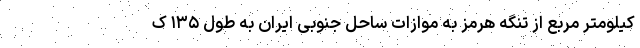
کیلومتر مربع از تنگه هرمز به موازات ساحل جنوبی ایران به طول ۱۳۵ ک